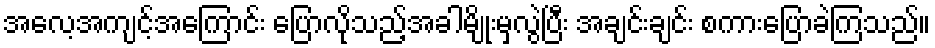
အလေ့အကျင့်အကြောင်း ပြောလိုသည့်အခါမျိုးမှလွဲပြီး အချင်းချင်း စကားပြောခဲကြသည်။